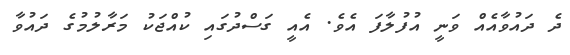
ދެ ދައުވާއެއް ވަނީ އުފުލާފަ އެވެ. އެއީ ގަސްދުގައި ކުއްޖަކު މަރާލުމުގެ ދައުވާ